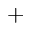
^ { + }